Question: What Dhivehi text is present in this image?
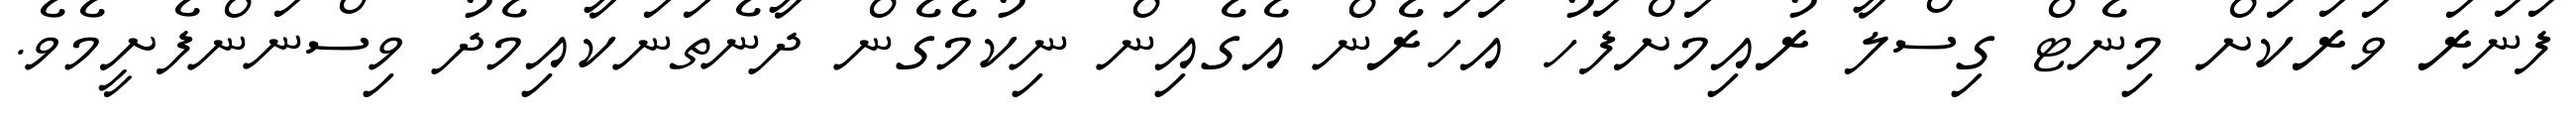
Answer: ފަނަރަ ވަރަކަށް މިނެޓް ގިސްލާ ރުއިމަށްފަހު އަހަރެން އެގެއިން ނިކުމެގެން ދާނެތަނަކާއިމެދު ވިސްނަންފެށީމެވެ.